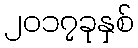
၂၀၁၇ခုနှစ်